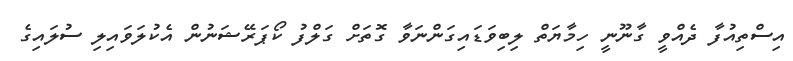
އިސްތިއުފާ ދެއްވީ ގާނޫނީ ހިމާޔަތް ލިބިވަޑައިގަންނަވާ ގޮތަށް ގަލްފު ކޯޕަރޭޝަނުން އެކުލަވައިލި ސުލައިގެ